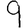
Digit: 9